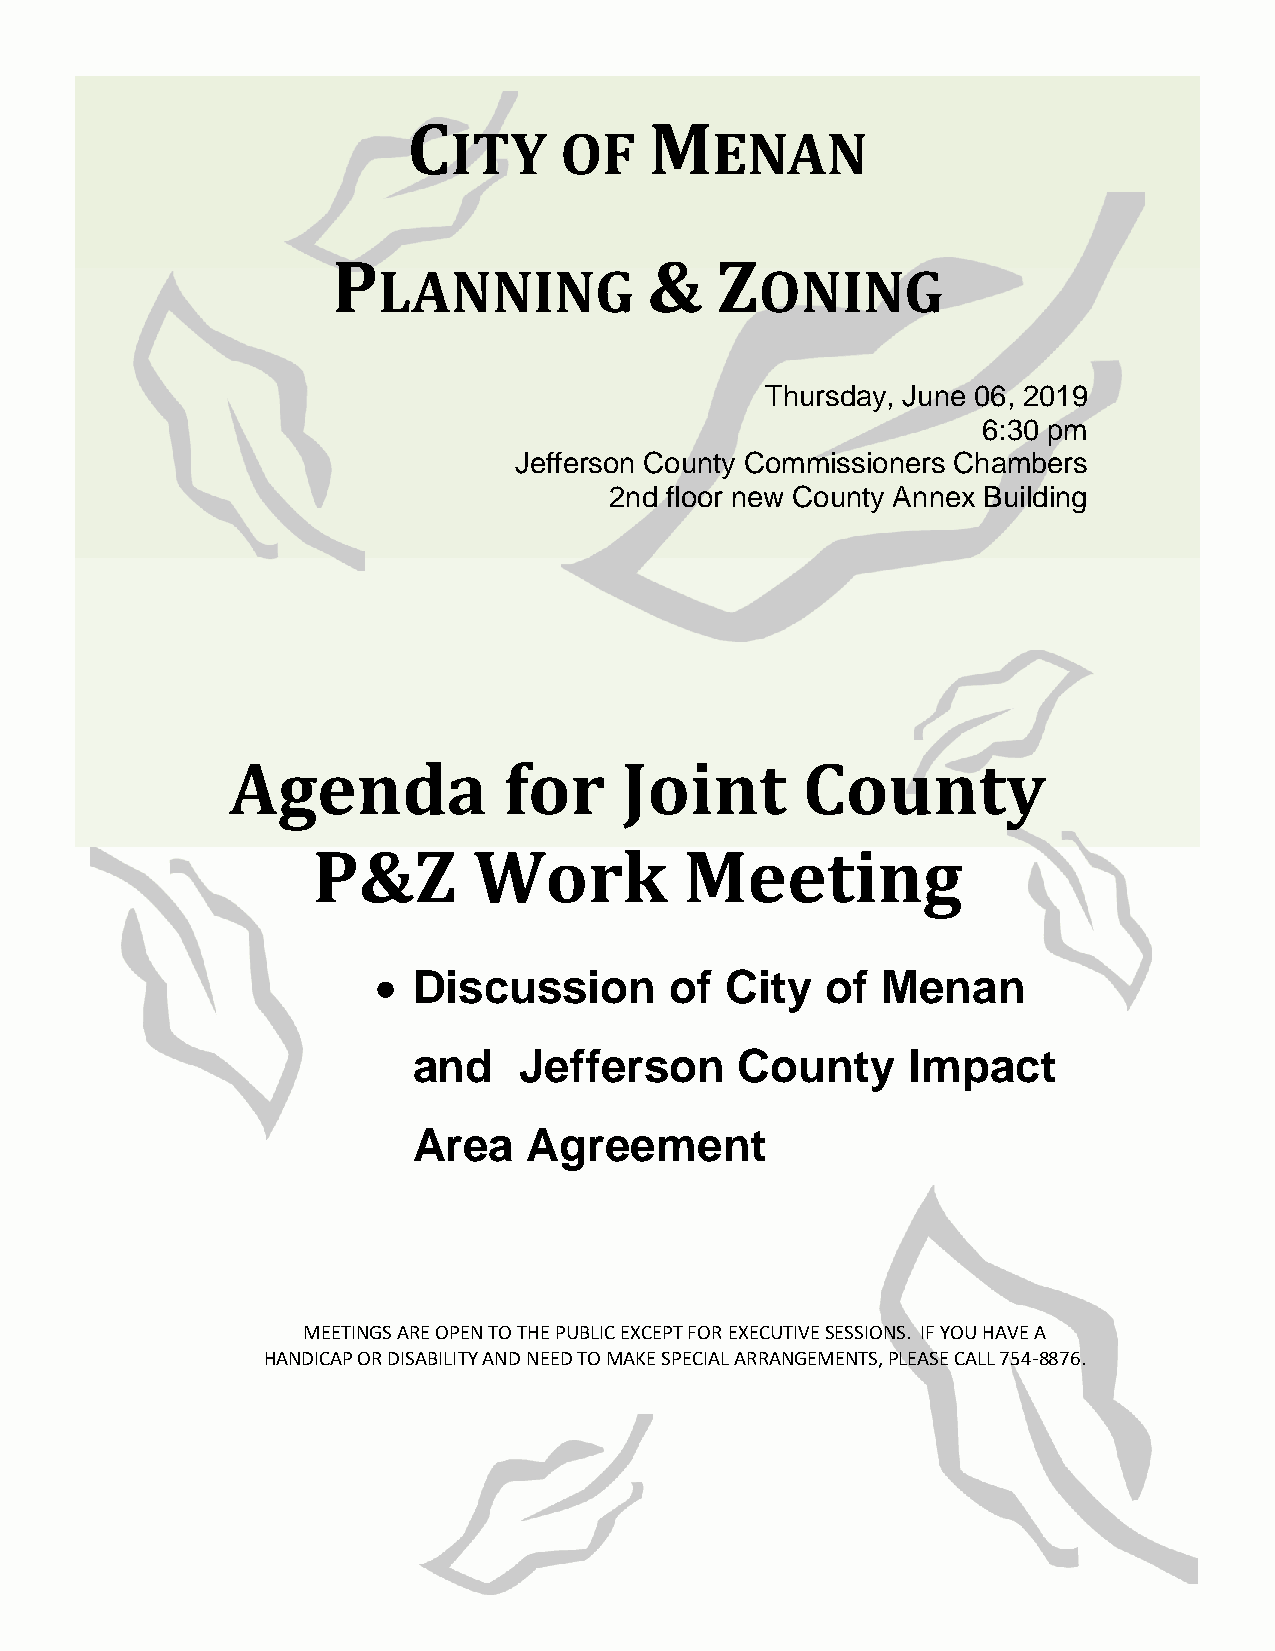
C               M
 ITY    OF        ENAN
 P                    &   Z
 LANNING                  ONING
 Thursday, June 06, 2019
 6:30 pm
 Jefferson County Commissioners Chambers
 2nd floor new County Annex Building
 Agenda            for     Joint       County
 P&Z       Work          Meeting
  Discussion       of  City   of Menan
 and    Jefferson      County     Impact
 Area    Agreement
 MEETINGS ARE OPEN TO THE PUBLIC EXCEPT FOR EXECUTIVE SESSIONS. IF YOU HAVE A
 HANDICAP OR DISABILITY AND NEED TO MAKE SPECIAL ARRANGEMENTS, PLEASE CALL 754-8876.